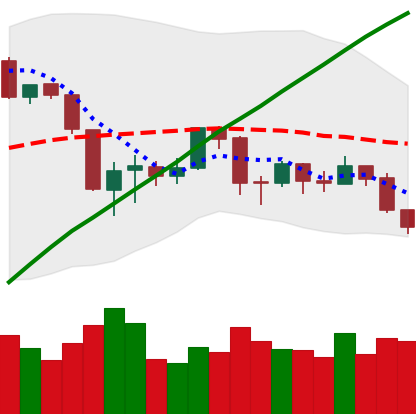
Ticker: BTC-USD
Chart end date: 2019-08-29
Forward return: 11.707%
Label: up_7plus